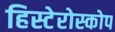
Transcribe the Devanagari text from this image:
हिस्टेरोस्कोप